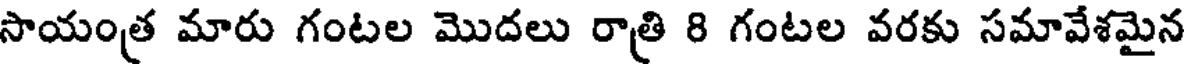
సాయంత్ర మారు గంటల మొదలు రాత్రి 8 గంటల వరకు సమావేశమైన